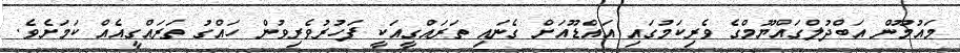
މައުމޫން އަބްދުލްގައްޔޫމްގެ ވެރިކަމުގައި އައްޑޫއަށް ގެނައި ތަރައްގީއަކީ ފަހުރުވެރިވުން ހައްގު ތަރައްގީއެއް ކަމަށެވެ.